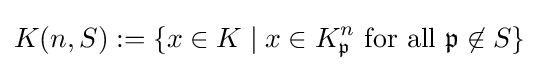
K(n,S):=\{x\in K\mid x\in K_{\mathfrak {p}}^{n}\mathrm {\ for\ all\ } {\mathfrak {p}}\not \in S\}